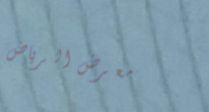
معرض الرياض